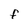
Character: F